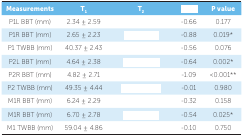
<table><thead><tr><td><b>Measurements</b></td><td><b>T<sub>1</sub></b></td><td><b>T<sub>2</sub></b></td><td>[EMPTY_CELL]</td><td><b>P value</b></td></tr></thead><tbody><tr><td> P1L BBT (mm)</td><td> 2.34 ± 2.59</td><td>[EMPTY_CELL]</td><td> -0.66</td><td> 0.177</td></tr><tr><td> P1R BBT (mm)</td><td> 2.65 ± 2.23</td><td>[EMPTY_CELL]</td><td> -0.88</td><td> 0.019*</td></tr><tr><td> P1 TWBB (mm)</td><td> 40.37 ± 2.43</td><td>[EMPTY_CELL]</td><td> -0.56</td><td> 0.076</td></tr><tr><td> P2L BBT (mm)</td><td> 4.64 ± 2.38</td><td>[EMPTY_CELL]</td><td> -0.64</td><td> 0.002*</td></tr><tr><td> P2R BBT (mm)</td><td> 4.82 ± 2.71</td><td>[EMPTY_CELL]</td><td> -1.09</td><td> &lt;0.001**</td></tr><tr><td> P2 TWBB (mm)</td><td> 49.35 ± 4.44</td><td>[EMPTY_CELL]</td><td> -0.01</td><td> 0.980</td></tr><tr><td> M1R BBT (mm)</td><td> 6.24 ± 2.29</td><td>[EMPTY_CELL]</td><td> -0.32</td><td> 0.158</td></tr><tr><td> M1R BBT (mm)</td><td> 6.70 ± 2.78</td><td>[EMPTY_CELL]</td><td> -0.54</td><td> 0.025*</td></tr><tr><td> M1 TWBB (mm)</td><td> 59.04 ± 4.86</td><td>[EMPTY_CELL]</td><td> -0.10</td><td> 0.750</td></tr></tbody></table>